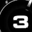
Digit: 3